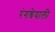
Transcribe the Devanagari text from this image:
रंगश्रेयाली